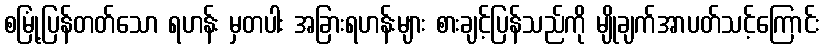
စမြုံ့ပြန်တတ်သော ရဟန်း မှတပါး အခြားရဟန်းများ စားချင့်ပြန်သည်ကို မျိုချက်အာပတ်သင့်ကြောင်း